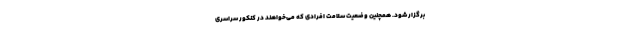
برگزار شود. همچنین وضعیت سلامت افرادی که می‌خواهند در کنکور سراسری